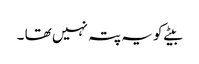
بیٹے کو یہ پتہ نہیں تھا ۔